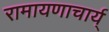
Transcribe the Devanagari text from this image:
रामायणाचार्य्